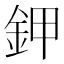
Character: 鉀